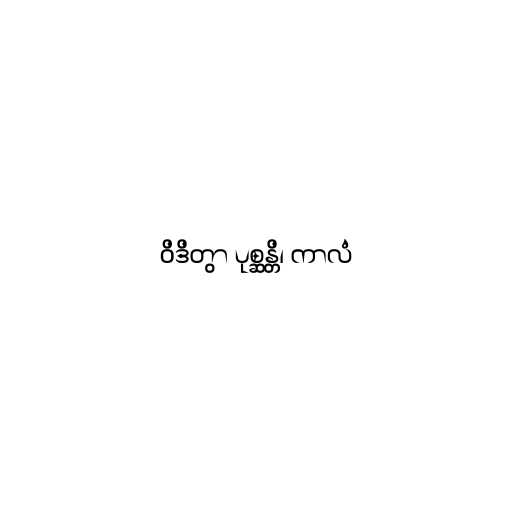
ဝိဒိတွာ ပုစ္ဆန္တိ၊ ကာလံ